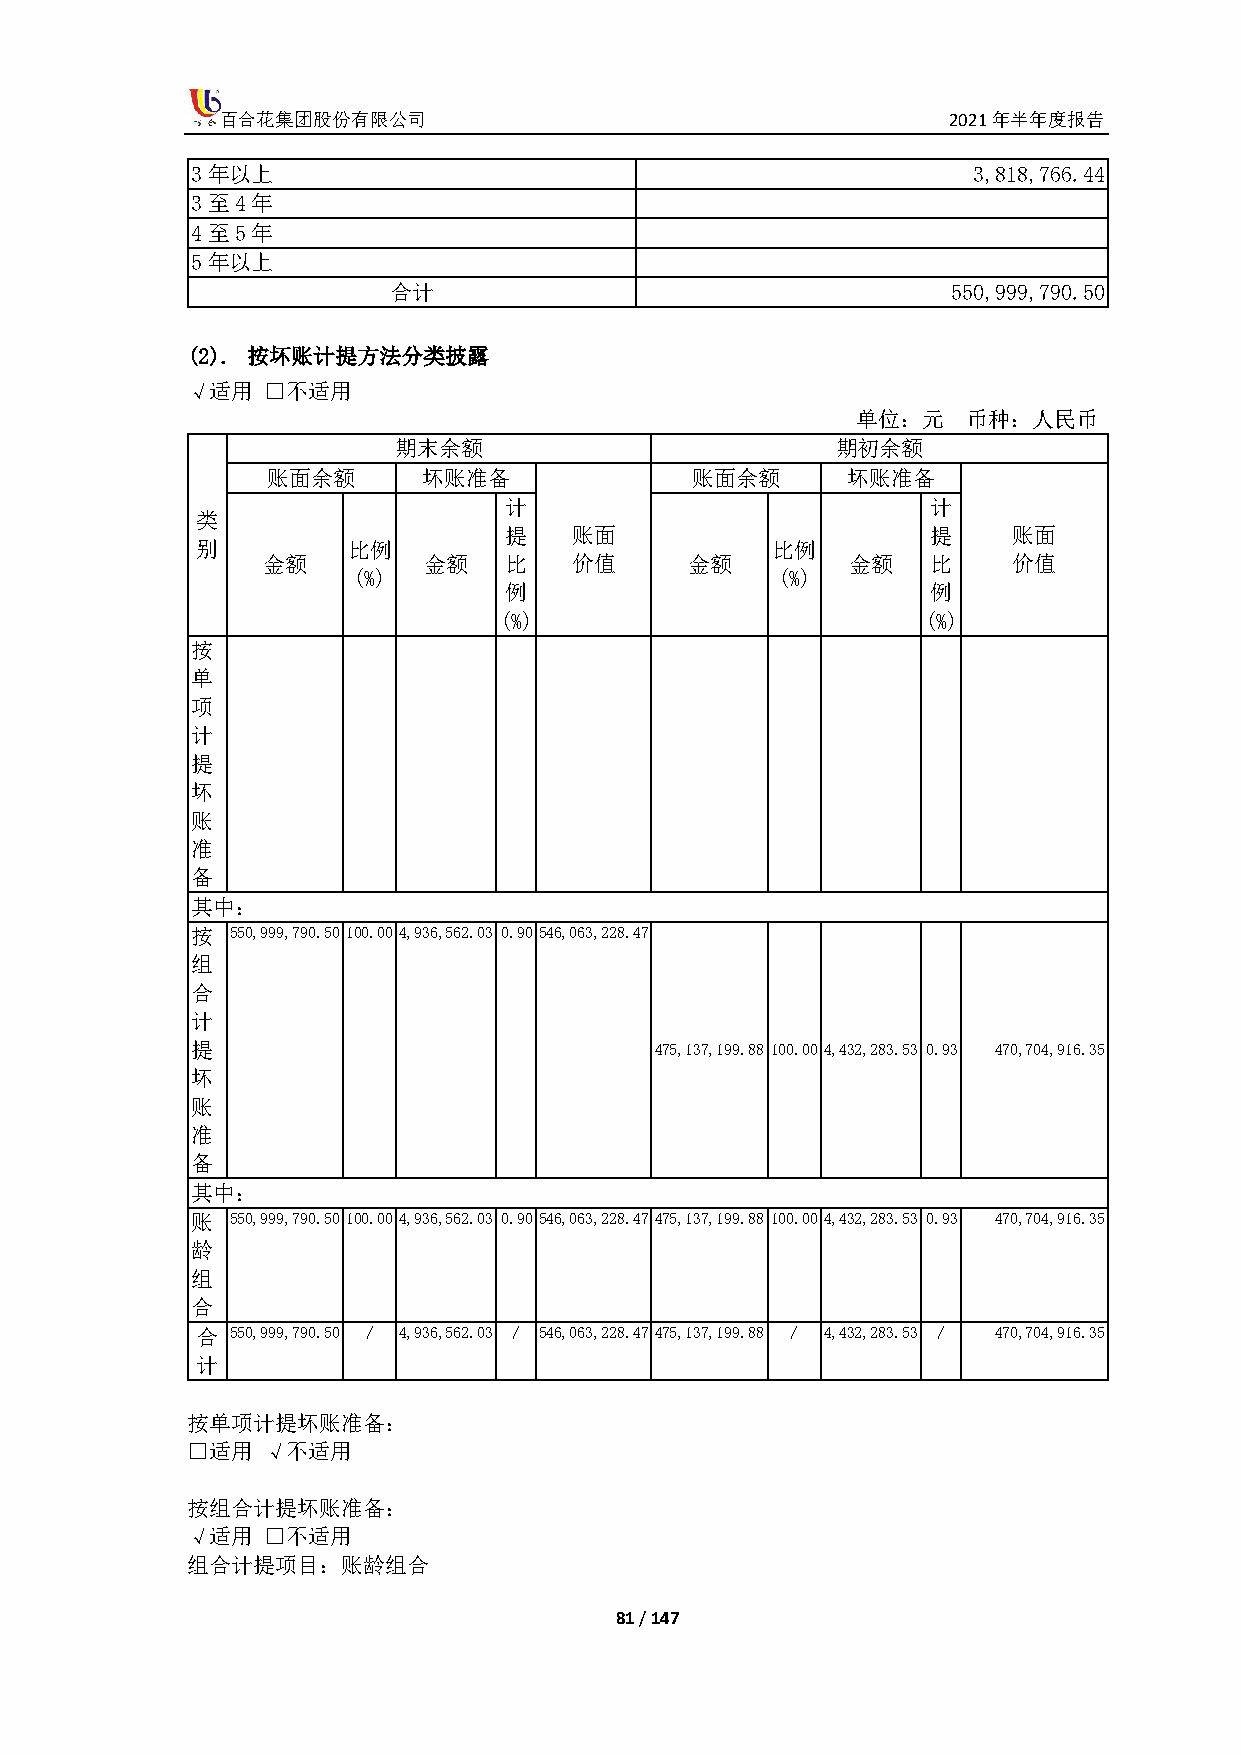
百合花集团股份有限公司                                     2021年半年度报告
 3年以上                                               3,818,766.44
 3至4年
 4至5年
 5年以上
 合计                                   550,999,790.50
 (2). 按坏账计提方法分类披露
 √适用  □不适用
 单位：元   币种：人民币
 期末余额                         期初余额
 账面余额      坏账准备              账面余额      坏账准备
 计                            计
 类
 提    账面                      提    账面
 别         比例                          比例
 金额         金额   比    价值     金额         金额    比    价值
 (%)                         (%)
 例                            例
 (%)                         (%)
 按
 单
 项
 计
 提
 坏
 账
 准
 备
 其中：
 按 550,999,790.50 100.00 4,936,562.03 0.90 546,063,228.47
 组
 合
 计
 提                             475,137,199.88 100.00 4,432,283.53 0.93 470,704,916.35
 坏
 账
 准
 备
 其中：
 账 550,999,790.50 100.00 4,936,562.03 0.90 546,063,228.47 475,137,199.88 100.00 4,432,283.53 0.93 470,704,916.35
 龄
 组
 合
 合 550,999,790.50 / 4,936,562.03 / 546,063,228.47 475,137,199.88 / 4,432,283.53 / 470,704,916.35
 计
 按单项计提坏账准备：
 □适用  √不适用
 按组合计提坏账准备：
 √适用  □不适用
 组合计提项目：账龄组合
 81 / 147